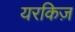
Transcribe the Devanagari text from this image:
यरकिज़